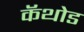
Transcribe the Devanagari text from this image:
कॅथोड